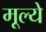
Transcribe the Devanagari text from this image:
मूल्‍ये